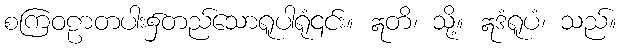
စကြဝဠာတပါး၌တည်သောရူပါရုံ၎င်း။ ဣတိ၊ သို့။ ဣဒံရူပံ၊ သည်။